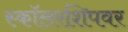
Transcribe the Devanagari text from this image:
स्कॉलरशिपवर